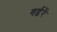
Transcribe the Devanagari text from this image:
गर्डरें